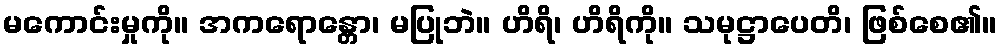
မကောင်းမှုကို။ အကရောန္တော၊ မပြုဘဲ။ ဟိရိ၊ ဟိရိကို။ သမုဋ္ဌာပေတိ၊ ဖြစ်စေ၏။